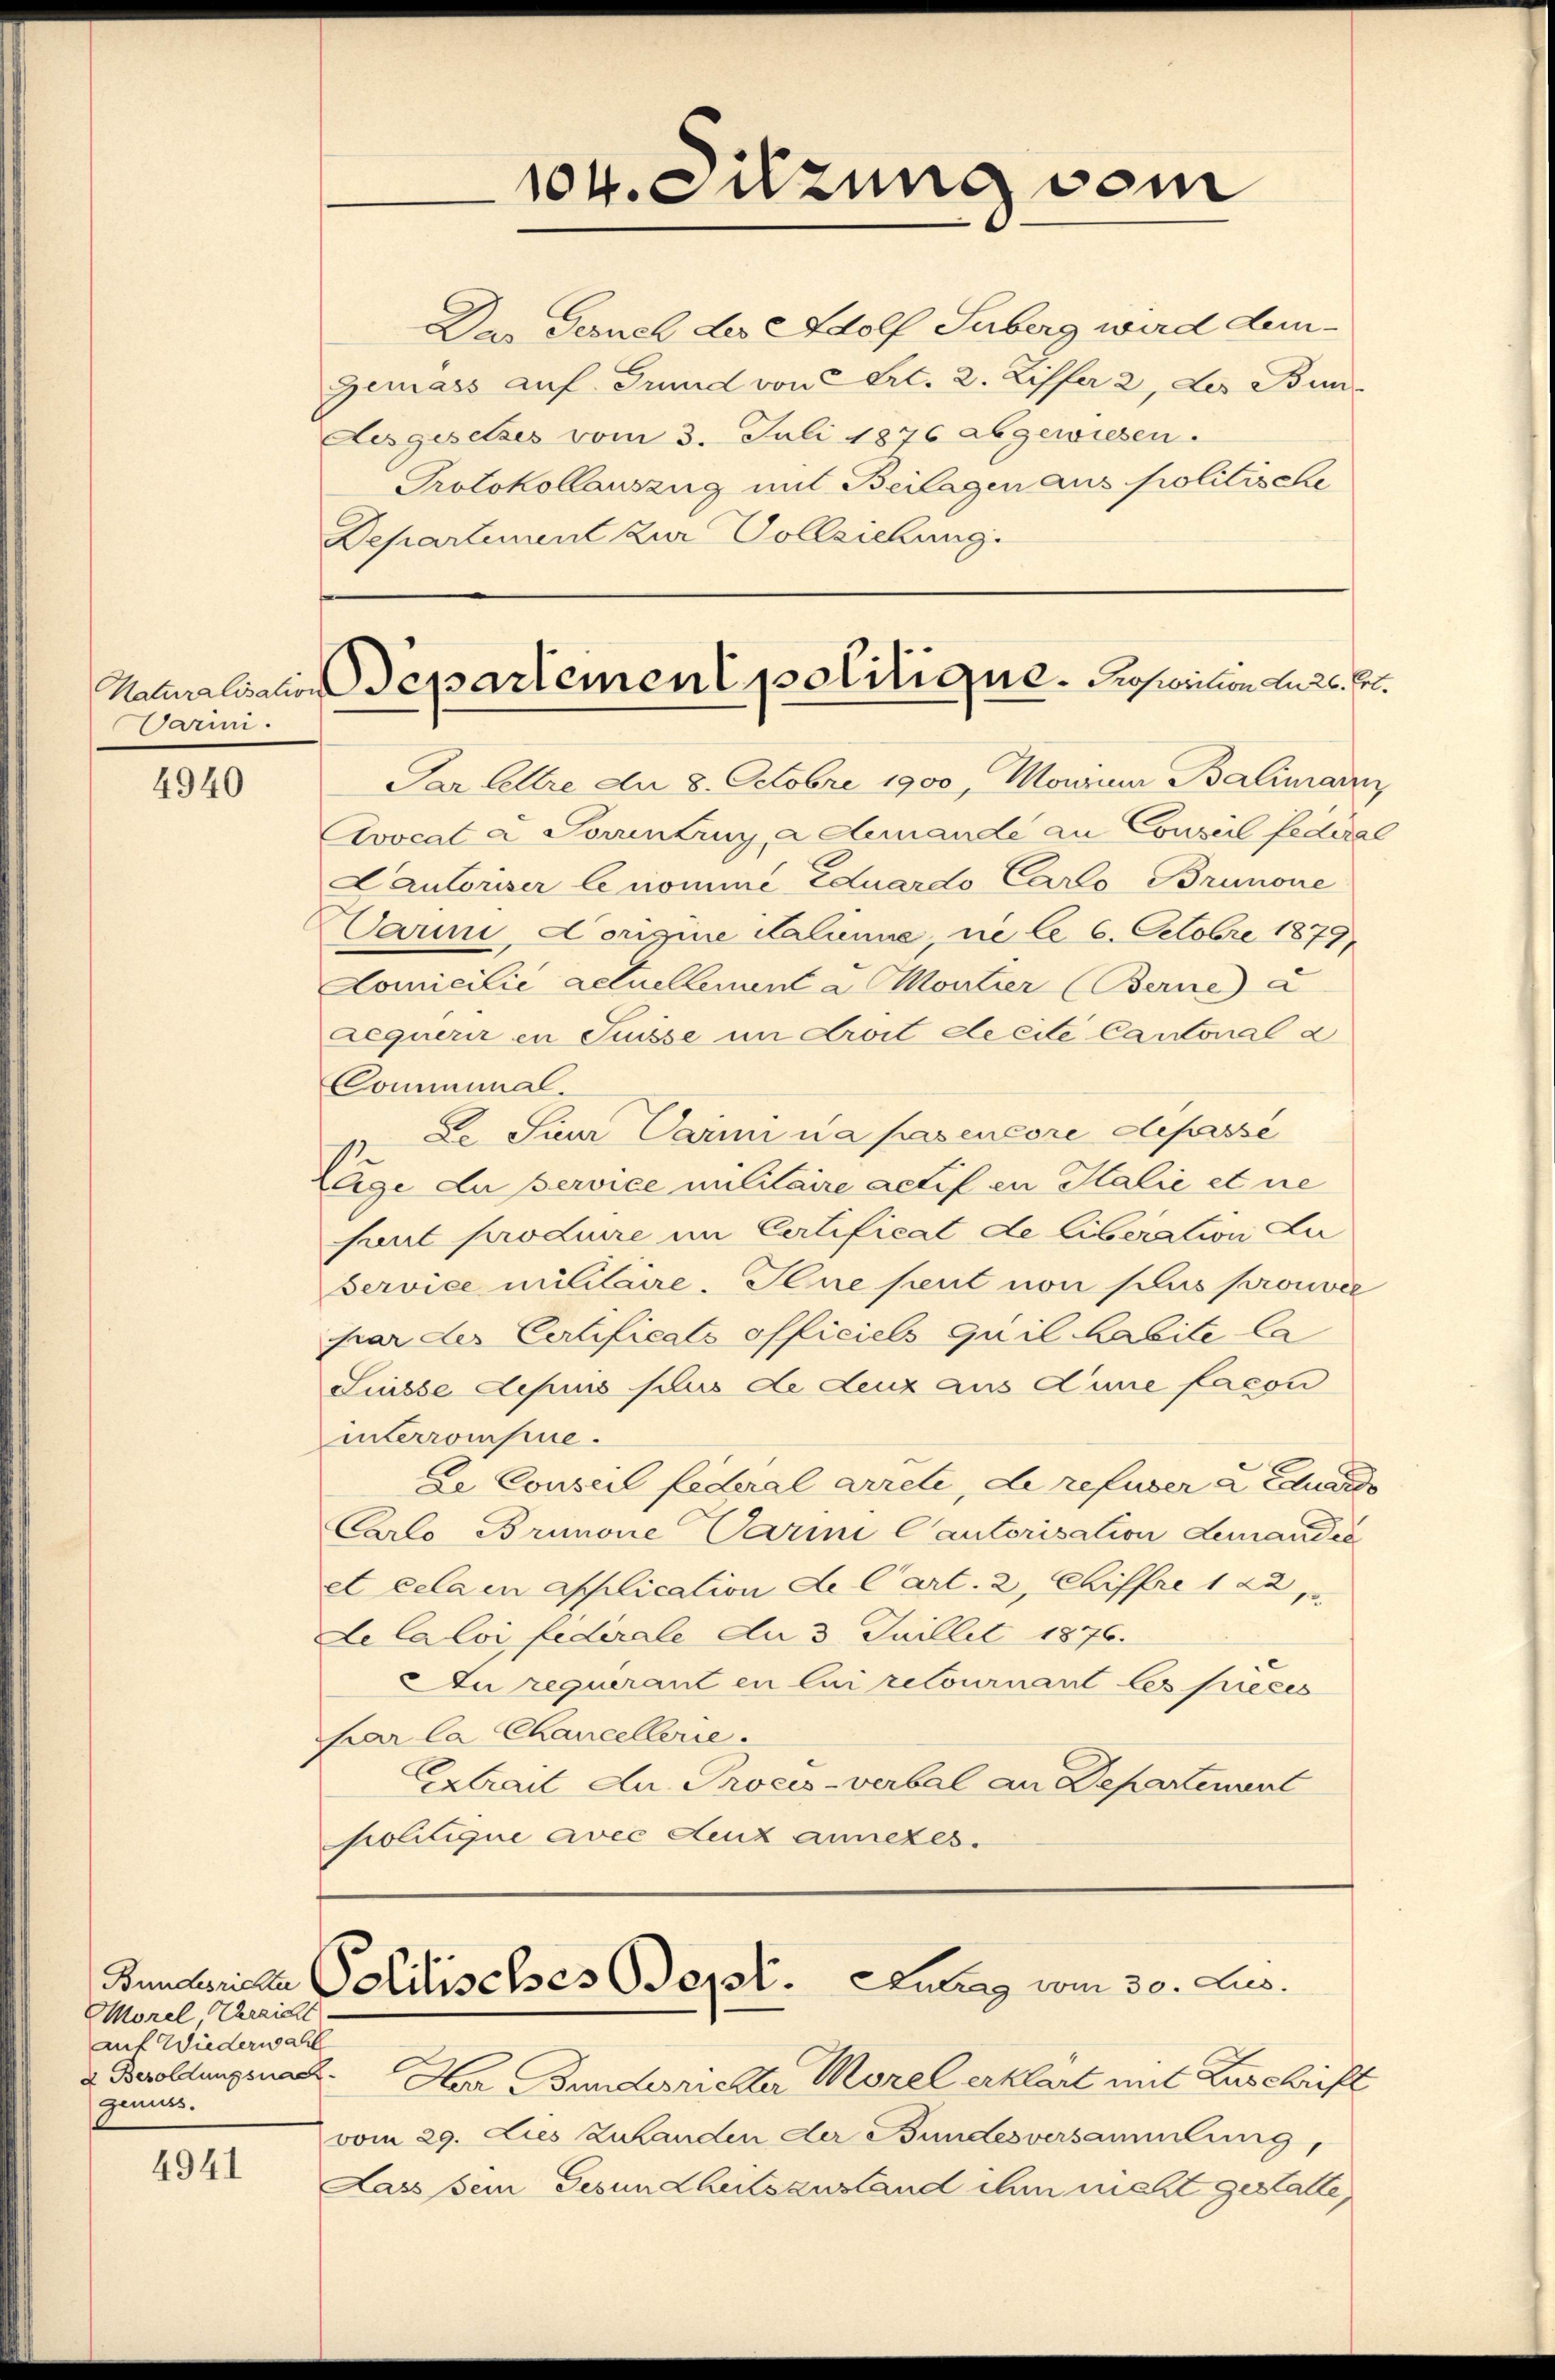
Varini.

4940

Morel Verzicht
auf Wiederwahl
genuss.

4941

Das Fernel der Adolf Suberg ward dem¬
Gemass auf Grund von Art. 2. Ziffer 2, des Bun¬
Aesgesetzes vom 3. Juli 1876 abgewiesen.
Protokollauszug mit Beilagen aus politische
Departement zur Vollziehung.

104. Sitzung vom

Naturalisation Separtement politique. Proposition an 26. Frl.

Bunderichen Politisches Sept. Zutrag vom 30. Jus

Par lettre der 8. Octobre 1900, Monium Balimann
Avocat a Soruntruy, a demande an Conseil federal
Cautoriser le nomine Eduardo Carlo Brunone
Carin, Corigine Kalinne, ne le 6. Octobre 1879
Lomicilie actuellement a Montier (Berne a
aequérir in Füsse im Aroit decile Cantonal a
Communal.
Le Sieur Carii ua pasencore defasse
Lage du pervice militaire actif in Halić et ne
haut produire im Cartificat de liberation Lu
Service militaire. Il ne peut von plus prouvée
par der Certificats officiels quil habite la
Sinsse depuis plus de deuz aus d’une facon
interrompue.
De Conseil federal arrete, de refuser 2 Eduardo
Carlo Brunone Varii Cantorisation Lemandić
et cela application de Cart. 2, Chiffre 188
de la loi federale Au 3. Juillit 1876.
Au requerant en lui retournant les pieces
har la Chancellerie.
Extrait du Proces-verbal an Departement
politique avec Lenz anneres.

& Beroldungsnat. Haar Bunderichter Morel erklärt mit Zuschrift
vom 29. Dies zuhanden der Bundesversammlung,
Lass sein Gesundheitsanstand ihm nicht gestalte,